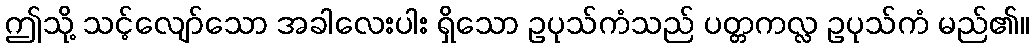
ဤသို့ သင့်လျော်သော အခါလေးပါး ရှိသော ဥပုသ်ကံသည် ပတ္တကလ္လ ဥပုသ်ကံ မည်၏။